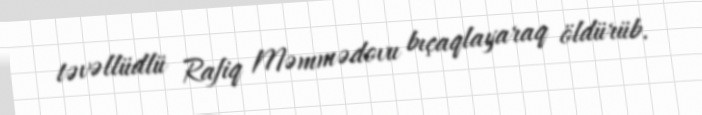
təvəllüdlü Rafiq Məmmədovu bıçaqlayaraq öldürüb.